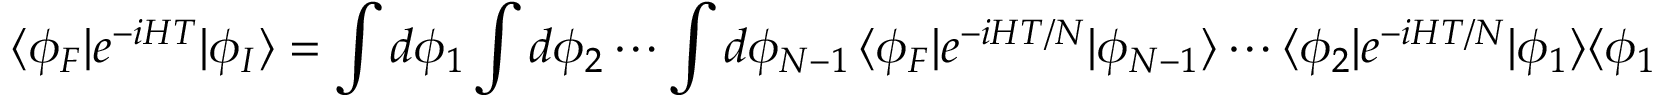
\langle \phi _ { F } | e ^ { - i H T } | \phi _ { I } \rangle = \int d \phi _ { 1 } \int d \phi _ { 2 } \cdots \int d \phi _ { N - 1 } \, \langle \phi _ { F } | e ^ { - i H T / N } | \phi _ { N - 1 } \rangle \cdots \langle \phi _ { 2 } | e ^ { - i H T / N } | \phi _ { 1 } \rangle \langle \phi _ { 1 } | e ^ { - i H T / N } | \phi _ { I } \rangle .